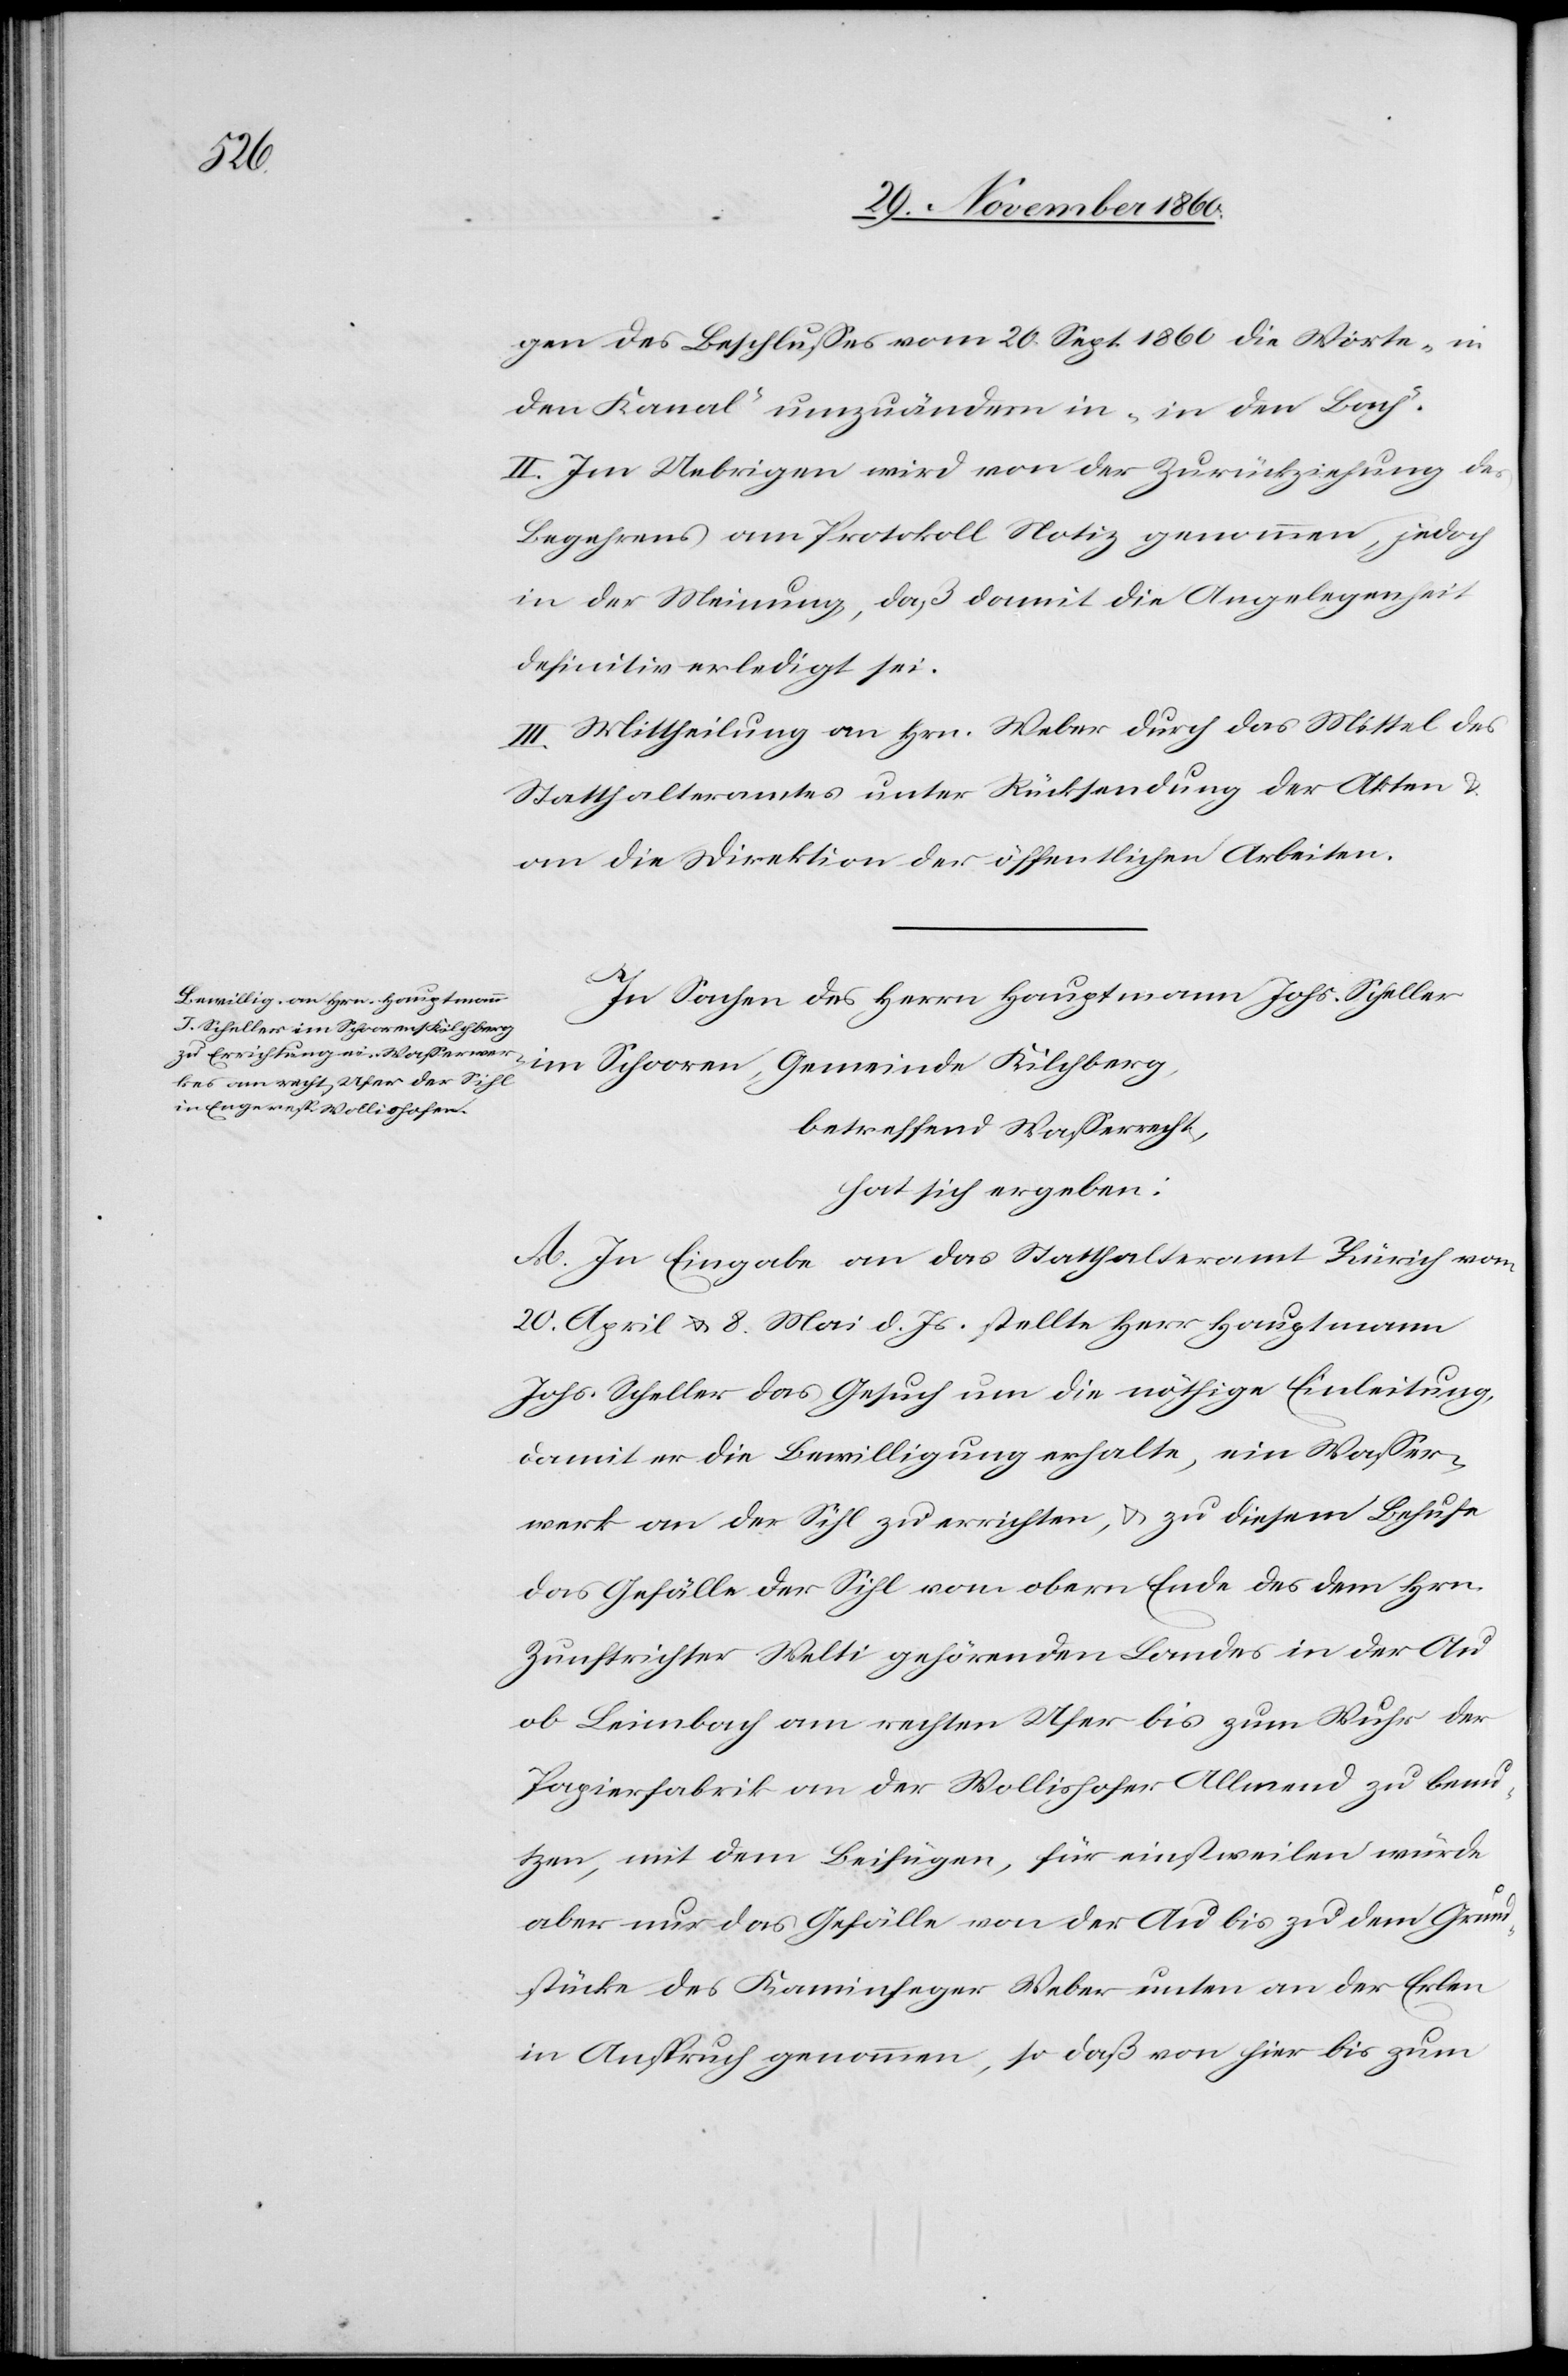
gen des Beschlusses vom 26. Sept. 1860 die Worte „in
den Kanal“ umzuändern in „in den Bach“.
II. Im Uebrigen wird von der Zurückziehung des
Begehrens am Protokoll Notiz genommen, jedoch
in der Meinung, daß damit die Angelegenheit
definitiv erledigt sei.
III. Mittheilung an Hrn. Weber durch das Mittel des
Statthalteramtes unter Rücksendung der Akten u.
an die Direktion der öffentlichen Arbeiten.
In Sachen des Herrn Hauptmann Johs. Scheller
im Schooren, Gemeinde Kilchberg,
betreffend Wasserrecht,
hat sich ergeben:
A. In Eingabe an das Statthalteramt Zürich vom
20. April u. 8. Mai d. Js. stellte Herr Hauptmann
Johs. Scheller das Gesuch um die nöthige Einleitung,
damit er die Bewilligung erhalte, ein Wasser¬
werk an der Sihl zu errichten, u. zu diesem Behufe
das Gefälle der Sihl vom obern Ende des dem Hrn.
Zunftrichter Welti gehörenden Landes in der Au
ob Leimbach am rechten Ufer bis zum Wuhr der
Papierfabrik an der Wollishofer Allmend zu benu¬
tzen, mit dem Beifügen, für einstweilen würde
aber nur das Gefälle von der Au bis zu dem Grund¬
stücke des Kaminfeger Weber unten an der Erben
in Anspruch genommen, so daß von hier bis zum